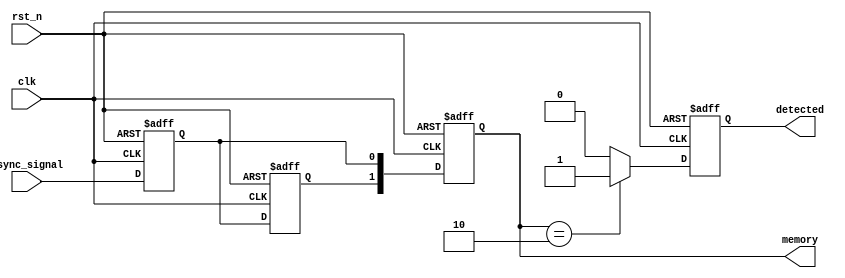
module dual_ff_detector (
    input wire clk,                // Clock signal
    input wire rst_n,              // Active low reset
    input wire async_signal,       // Asynchronous input signal
    output reg detected,           // Output signal indicating pattern detection
    output reg [1:0] memory        // Memory block to store detected pattern
);

// Parameters for the pattern to detect (e.g., "10")
parameter [1:0] PATTERN = 2'b10;

// Dual flip-flops for synchronization
reg ff1, ff2;

// Synchronization process
always @(posedge clk or negedge rst_n) begin
    if (!rst_n) begin
        ff1 <= 1'b0;
        ff2 <= 1'b0;
    end else begin
        ff1 <= async_signal; // Sample the asynchronous signal
        ff2 <= ff1;          // Sample the output of the first flip-flop
    end
end

// Detection logic
always @(posedge clk or negedge rst_n) begin
    if (!rst_n) begin
        detected <= 1'b0;
        memory <= 2'b00;
    end else begin
        // Store the synchronized signal in memory
        memory <= {ff2, ff1};
        
        // Check for the pattern
        if (memory == PATTERN) begin
            detected <= 1'b1; // Pattern detected
        end else begin
            detected <= 1'b0; // No pattern detected
        end
    end
end

endmodule